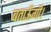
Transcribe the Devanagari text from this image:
बताऊँगी।